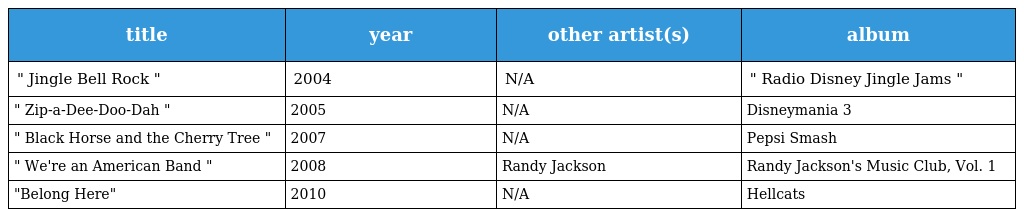
| title | year | other artist(s) | album |
 | --- | --- | --- | --- |
 | " Jingle Bell Rock " | 2004 | N/A | " Radio Disney Jingle Jams " |
 | " Zip-a-Dee-Doo-Dah " | 2005 | N/A | Disneymania 3 |
 | " Black Horse and the Cherry Tree " | 2007 | N/A | Pepsi Smash |
 | " We're an American Band " | 2008 | Randy Jackson | Randy Jackson's Music Club, Vol. 1 |
 | "Belong Here" | 2010 | N/A | Hellcats |